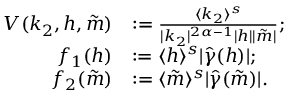
\begin{array} { r l } { V ( k _ { 2 } , h , \tilde { m } ) } & { : = \frac { \langle k _ { 2 } \rangle ^ { s } } { | k _ { 2 } | ^ { 2 \alpha - 1 } | h | | \tilde { m } | } ; } \\ { f _ { 1 } ( h ) } & { : = \langle h \rangle ^ { s } | \widehat { \gamma } ( h ) | ; } \\ { f _ { 2 } ( \tilde { m } ) } & { : = \langle \tilde { m } \rangle ^ { s } | \widehat { \gamma } ( \tilde { m } ) | . } \end{array}